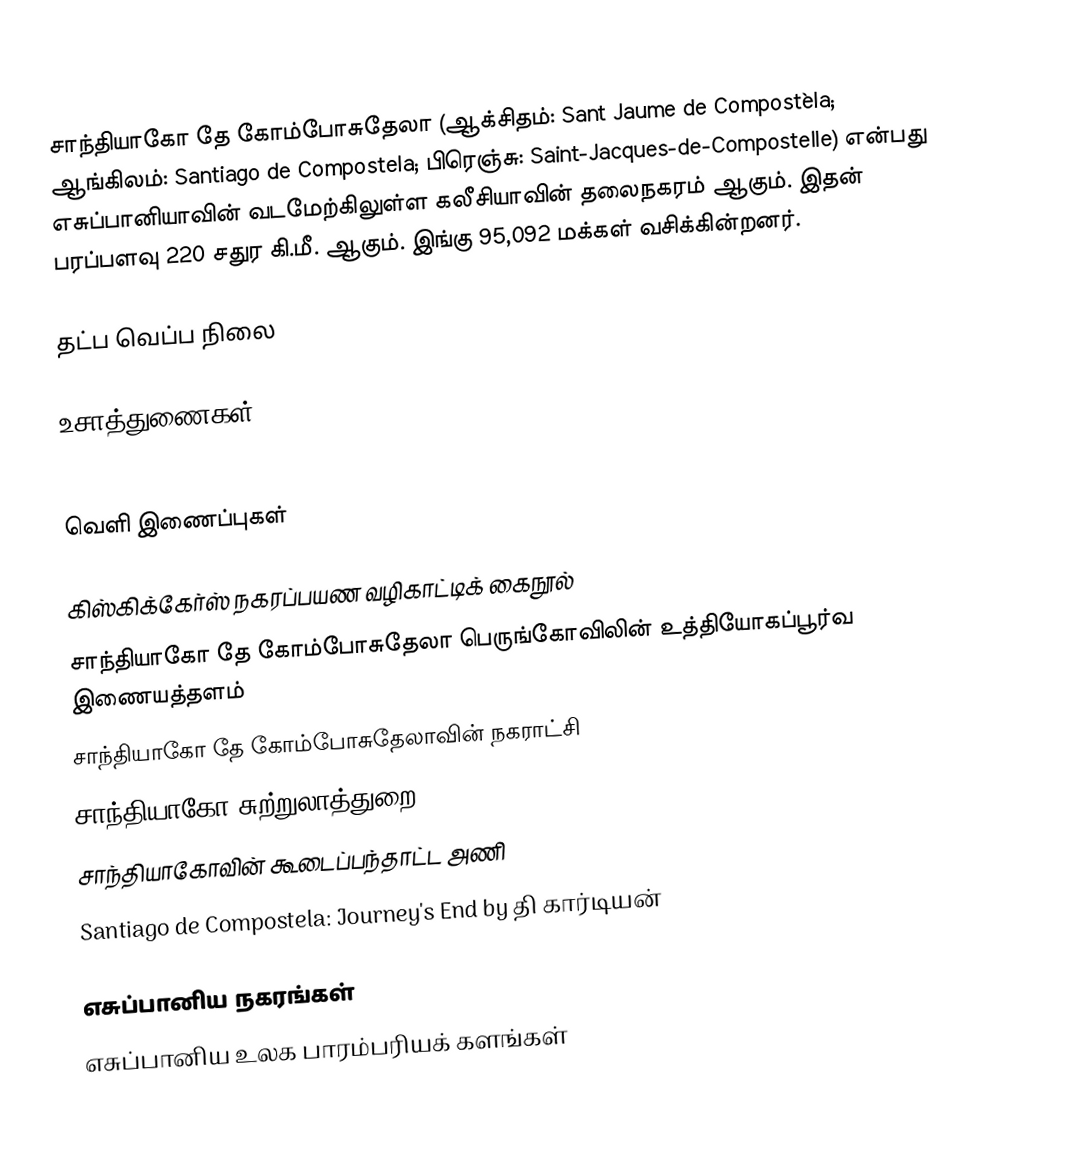
சாந்தியாகோ தே கோம்போசுதேலா (ஆக்சிதம்: Sant Jaume de Compostèla; ஆங்கிலம்: Santiago de Compostela; பிரெஞ்சு: Saint-Jacques-de-Compostelle) என்பது எசுப்பானியாவின் வடமேற்கிலுள்ள கலீசியாவின் தலைநகரம் ஆகும். இதன் பரப்பளவு 220 சதுர கி.மீ. ஆகும். இங்கு 95,092 மக்கள் வசிக்கின்றனர்.

தட்ப வெப்ப நிலை

உசாத்துணைகள்
 Meakin, Annette M. B. (1909). Galicia. The Switzerland of Spain. London: Methuen & Co.

வெளி இணைப்புகள்

கிஸ்கிக்கேர்ஸ் நகரப்பயண வழிகாட்டிக் கைநூல்
சாந்தியாகோ தே கோம்போசுதேலா பெருங்கோவிலின் உத்தியோகப்பூர்வ இணையத்தளம்
சாந்தியாகோ தே கோம்போசுதேலாவின் நகராட்சி
சாந்தியாகோ சுற்றுலாத்துறை
சாந்தியாகோவின் கூடைப்பந்தாட்ட அணி
Santiago de Compostela: Journey's End by தி கார்டியன்

எசுப்பானிய நகரங்கள்
எசுப்பானிய உலக பாரம்பரியக் களங்கள்